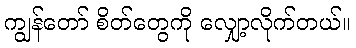
ကျွန်တော် စိတ်တွေကို လျှော့လိုက်တယ်။